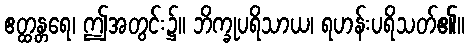
ဧတ္ထန္တရေ၊ ဤအတွင်း၌။ ဘိက္ခုပရိသာယ၊ ရဟန်းပရိသတ်၏။